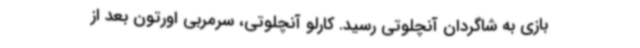
بازی به شاگردان آنچلوتی رسید. کارلو آنچلوتی، سرمربی اورتون بعد از